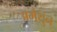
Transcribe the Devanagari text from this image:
अमैथुन